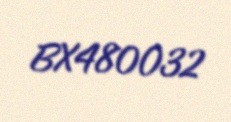
BX480032